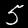
Label: 5